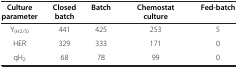
<table><thead><tr><td><b>Culture parameter</b></td><td><b>Closed batch</b></td><td><b>Batch</b></td><td><b>Chemostat culture</b></td><td><b>Fed-batch</b></td></tr></thead><tbody><tr><td>Y<sub>(H2/S)</sub></td><td>441</td><td>425</td><td>253</td><td>5</td></tr><tr><td>HER</td><td>329</td><td>333</td><td>171</td><td>0</td></tr><tr><td>qH<sub>2</sub></td><td>68</td><td>78</td><td>99</td><td>0</td></tr></tbody></table>